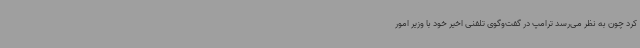
کرد چون به نظر می‌رسد ترامپ در گفت‌وگوی تلفنی اخیر خود با وزیر امور